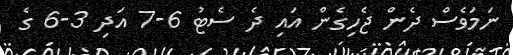
ނަމަވެސް ދެން ޖެހިގެން އައި ދެ ސެޓު 6-7 އަދި 3-6 ގެ